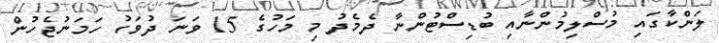
ލަންކާގައި މުސްލިމުންނާއި ބުޑިސްޓުންނާ ދެމެދު މި މަހުގެ 15 ވަނަ ދުވަހު ހަމަނުޖެހުން